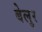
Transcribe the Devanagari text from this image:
बेलुर